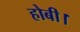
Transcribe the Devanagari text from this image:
होबी।